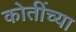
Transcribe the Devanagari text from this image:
कोतींच्या